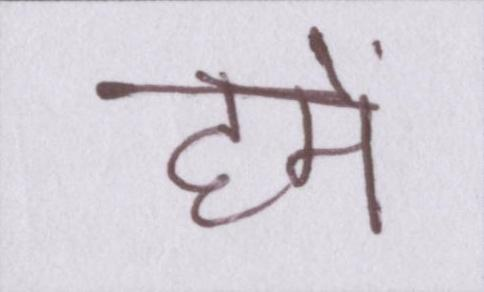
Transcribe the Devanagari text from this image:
हमें